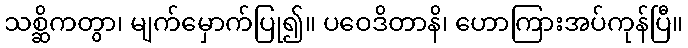
သစ္ဆိကတွာ၊ မျက်မှောက်ပြု၍။ ပဝေဒိတာနိ၊ ဟောကြားအပ်ကုန်ပြီ။